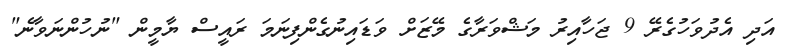
އަދި އެދުވަހުގެރޭ 9 ޖަހާއިރު މަޝްވަރާގެ މޭޒަށް ވަޑައިނުގެންފިނަމަ ރައީސް ޔާމީން "ނުހުންނަވާނެ"